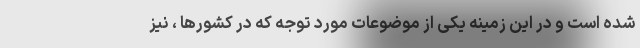
شده است و در این زمینه یکی از موضوعات مورد توجه که در کشورها ، نیز